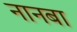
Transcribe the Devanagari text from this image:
नानबा